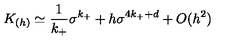
K _ { ( h ) } \simeq { \frac { 1 } { k _ { + } } } \sigma ^ { k _ { + } } + h \sigma ^ { 4 k _ { + } + d } + O ( h ^ { 2 } )